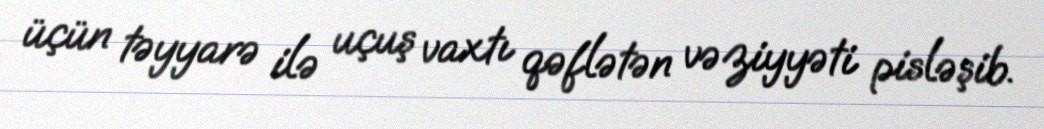
üçün təyyarə ilə uçuş vaxtı qəflətən vəziyyəti pisləşib.